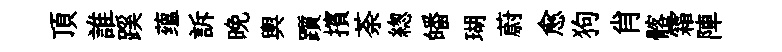
頂誰蹊蕴訴晩輿躓擯荼緫皤瑚蔚愈狗肖髂霜陣